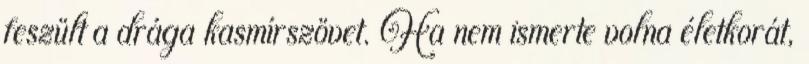
feszült a drága kasmírszövet. Ha nem ismerte volna életkorát,